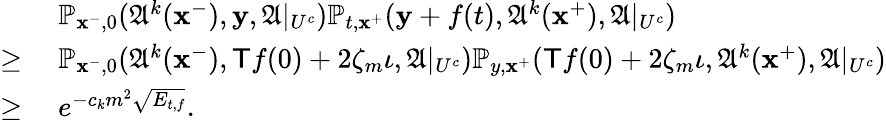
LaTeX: \begin{array}{rl}&{\mathbb{P}_{\mathbf{x}^{-},0}(\mathfrak{A}^{k}(\mathbf{x}^{-}),\mathbf{y},\mathfrak{A}|_{U^{c}})\mathbb{P}_{t,\mathbf{x}^{+}}(\mathbf{y}+f(t),\mathfrak{A}^{k}(\mathbf{x}^{+}),\mathfrak{A}|_{U^{c}})}\\ {\ge\; }&{\mathbb{P}_{\mathbf{x}^{-},0}(\mathfrak{A}^{k}(\mathbf{x}^{-}),\textsf{T}f(0)+2\zeta_{m}\iota,\mathfrak{A}|_{U^{c}})\mathbb{P}_{y,\mathbf{x}^{+}}(\textsf{T}f(0)+2\zeta_{m}\iota,\mathfrak{A}^{k}(\mathbf{x}^{+}),\mathfrak{A}|_{U^{c}})}\\ {\ge\; }&{e^{-c_{k}m^{2}\sqrt{E_{t,f}}}.}\end{array}